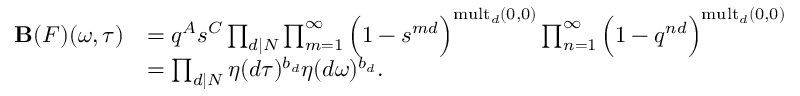
\begin{array} { r l } { \mathbf { B } ( F ) ( \omega , \tau ) } & { = q ^ { A } s ^ { C } \prod _ { d | N } \prod _ { m = 1 } ^ { \infty } \Big ( 1 - s ^ { m d } \Big ) ^ { \mathrm { m u l t } _ { d } ( 0 , 0 ) } \prod _ { n = 1 } ^ { \infty } \Big ( 1 - q ^ { n d } \Big ) ^ { \mathrm { m u l t } _ { d } ( 0 , 0 ) } } \\ & { = \prod _ { d | N } \eta ( d \tau ) ^ { b _ { d } } \eta ( d \omega ) ^ { b _ { d } } . } \end{array}